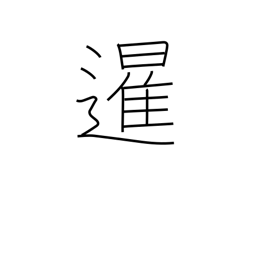
Meaning: sunrise